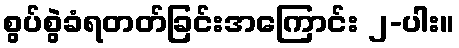
စွပ်စွဲခံရတတ်ခြင်းအကြောင်း ၂-ပါး။